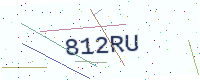
Text: 812RU